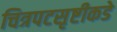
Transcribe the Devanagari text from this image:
चित्रपटसृष्टीकडे